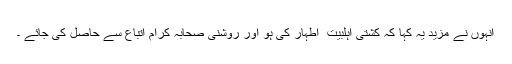
انہوں نے مزید یہ کہا کہ کشتی اہلبیت ؑ اطہار کی ہو اور روشنی صحابہ کرام اتباع سے حاصل کی جائے ۔